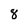
Character: 8